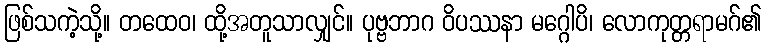
ဖြစ်သကဲ့သို့။ တထေဝ၊ ထို့အတူသာလျှင်။ ပုဗ္ဗဘာဂ ဝိပဿနာ မဂ္ဂေါပိ၊ လောကုတ္တရာမဂ်၏